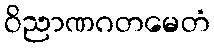
ဝိညာဏဂတမေတံ